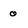
Character: 0